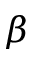
\beta